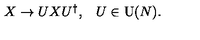
\begin{array} { c c } { X \rightarrow U X U ^ { \dagger } , } & { U \in \mathrm { U } ( N ) . } \\ \end{array}